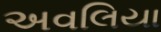
અવલિયા